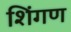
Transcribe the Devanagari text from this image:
शिंगण